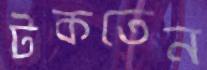
টকতেন